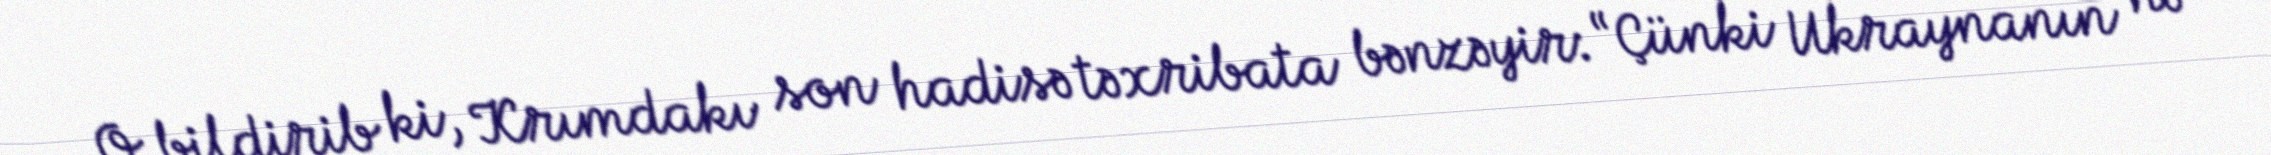
O bildirib ki, Krımdakı son hadisə təxribata bənzəyir: “Çünki Ukraynanın nə